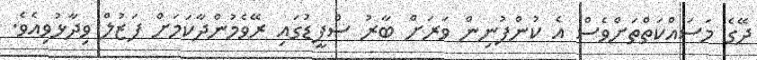
ދޭގެ މަސައްކަތްތަށްވެސް އެ ކުންފުނިން ވަރަށް ބާރު ސްޕީޑުގައި ރޭވެމުންދާކަމަށް ފަޒުލް ވިދާޅުވިއެވެ.